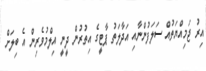
އިރު ޖަމިއްޔަތުއް ސަލަފުންނާއި އަދާލަތު ޕާޓީގެ އިތުރުން ދީނީ އިލްމުވެރިން އެ ބިލަށް